Document type: Sale
Year: 1326
Scribe: Bartomeu Marc
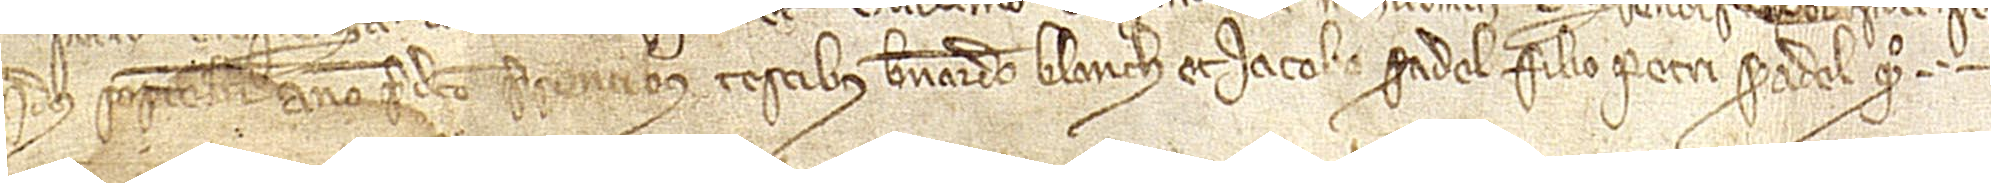
idus septembris, anno predicto, presentibus testibus Bernardo Blanch et Iacobo Seradel, filio Petri Seradel, quondam.